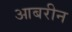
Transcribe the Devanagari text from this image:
आबरीन